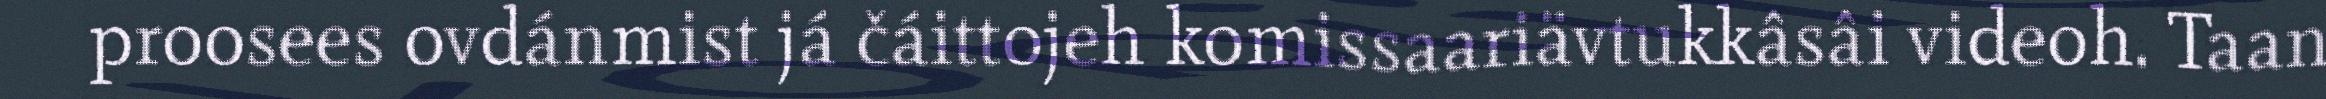
proosees ovdánmist já čáittojeh komissaariävtukkâsâi videoh. Taan